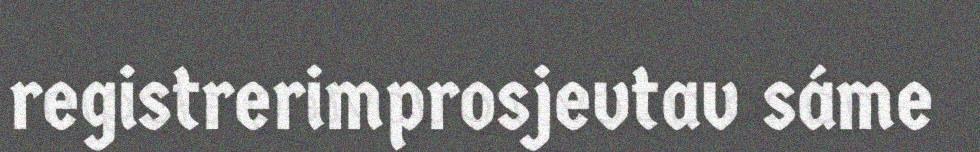
registrerimprosjevtav sáme